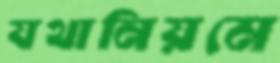
যথানিয়মে